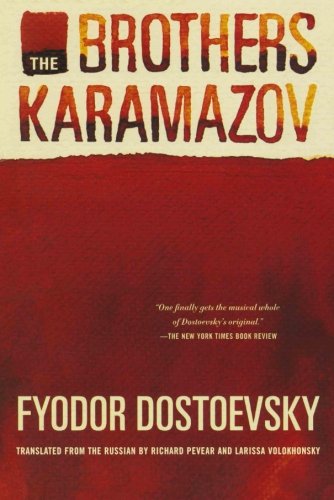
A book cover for The Brothers Karamazov; Fyodor Dostoevsky; Mystery, Thriller & Suspense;